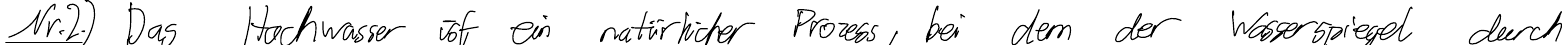
Nr.2.) Das Hochwasser ist ein natürlicher Prozess, bei dem der Wasserspiegel durch